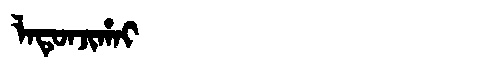
Manchu: ᠯᠠᡨᡠᠨᠵᡳᡥᠠᡳ
Romanization: LATUNJIHAI